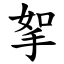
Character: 挐